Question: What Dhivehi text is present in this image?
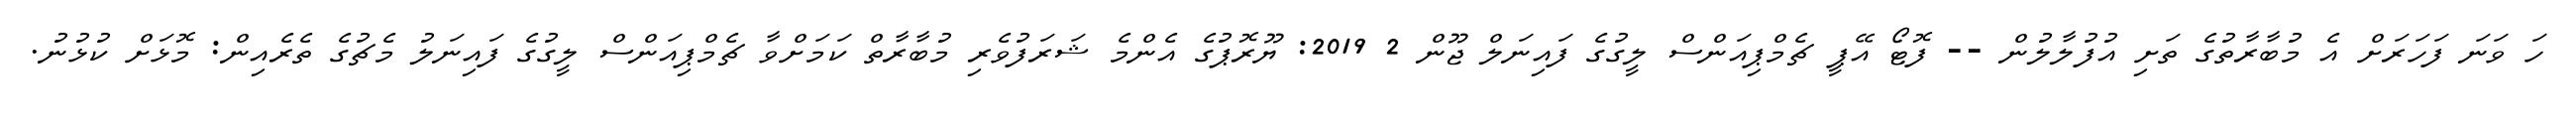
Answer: ހަ ވަނަ ފަހަރަށް އެ މުބާރާތުގެ ތަށި އުފުލާލުން -- ފޮޓޯ އޭޕީ ޗެމްޕިއަންސް ލީގުގެ ފައިނަލް ޖޫން 2 2019: ޔޫރޮޕުގެ އެންމެ ޝަރަފުވެރި މުބާރާތް ކަމަށްވާ ޗެމްޕިއަންސް ލީގުގެ ފައިނަލު މެޗުގެ ތެރެއިން: މޮޅަށް ކުޅުނު.